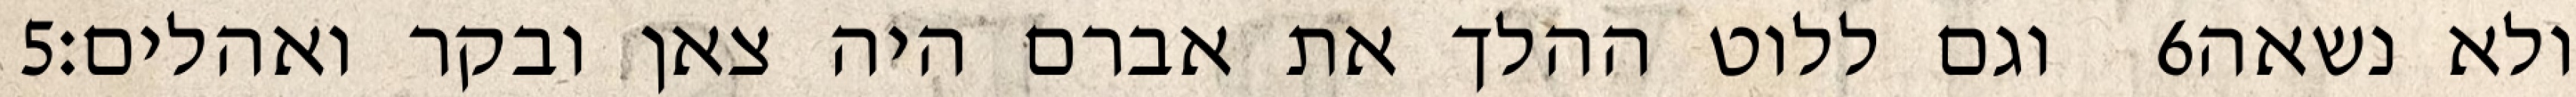
‎5‏ וגם ללוט ההלך את אברם היה צאן ובקר ואהלים׃ ‎6‏ ולא נשאה